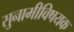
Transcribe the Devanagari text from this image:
सुनामीविषयक